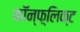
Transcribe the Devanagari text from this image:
कॉन्फ़्लिक्ट